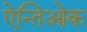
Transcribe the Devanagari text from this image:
ऐन्तिओक